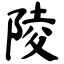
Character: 陵